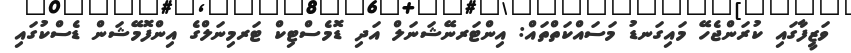
ވަޒީފާގައި ކުރަންޖެހޭ މައިގަނޑު މަސައްކަތްތައް: އިންޓަރނޭޝަނަލް އަދި ޑޮމެސްޓިކް ޓަރމިނަލްގެ އިންފޮމޭޝަން ޑެސްކުގައި